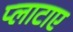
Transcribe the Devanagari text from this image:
प्लाटाए